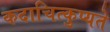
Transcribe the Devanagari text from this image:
कदाचित्कुप्यते